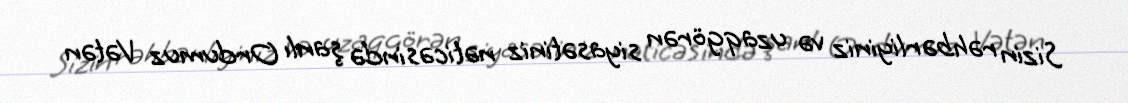
Sizin rəhbərliyiniz və uzaqgörən siyasətiniz nəticəsində şanlı Ordumuz Vətən